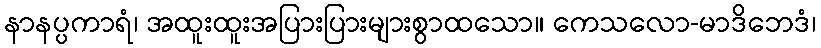
နာနပ္ပကာရံ၊ အထူးထူးအပြားပြားများစွာထသော။ ကေသလော-မာဒိဘေဒံ၊